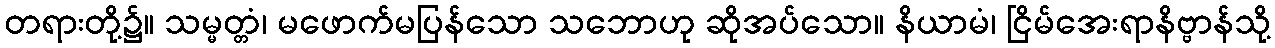
တရားတို့၌။ သမ္မတ္တံ၊ မဖောက်မပြန်သော သဘောဟု ဆိုအပ်သော။ နိယာမံ၊ ငြိမ်အေးရာနိဗ္ဗာန်သို့